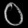
Digit: ၀